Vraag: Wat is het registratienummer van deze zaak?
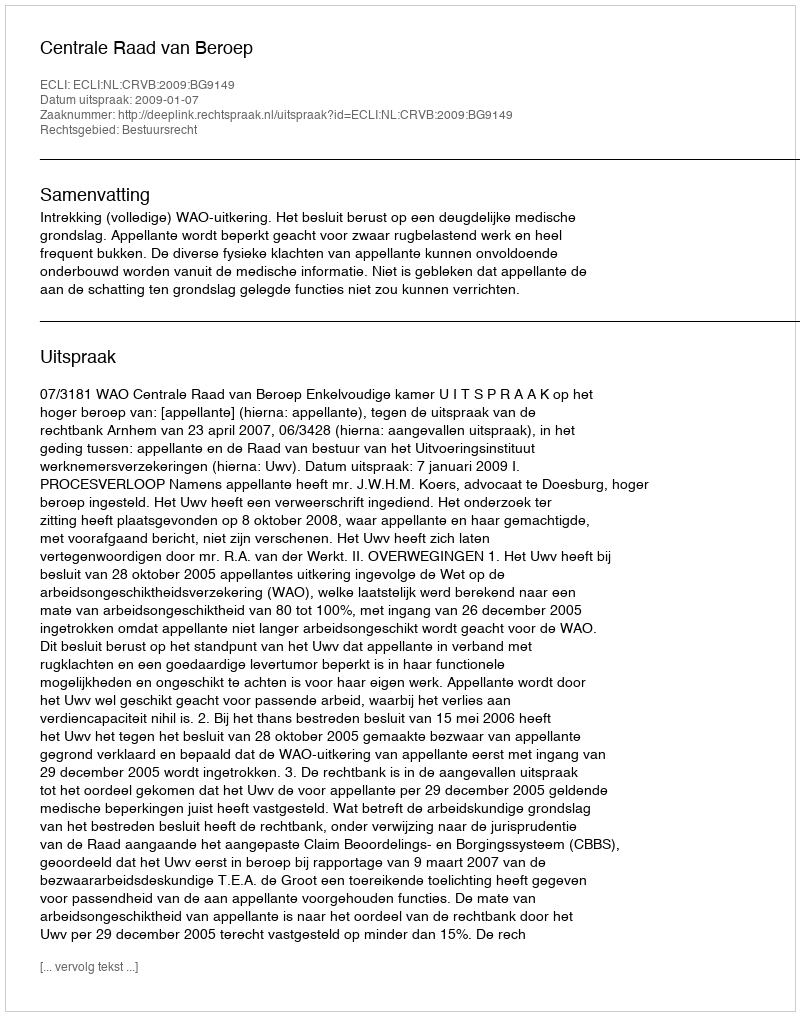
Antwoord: http://deeplink.rechtspraak.nl/uitspraak?id=ECLI:NL:CRVB:2009:BG9149